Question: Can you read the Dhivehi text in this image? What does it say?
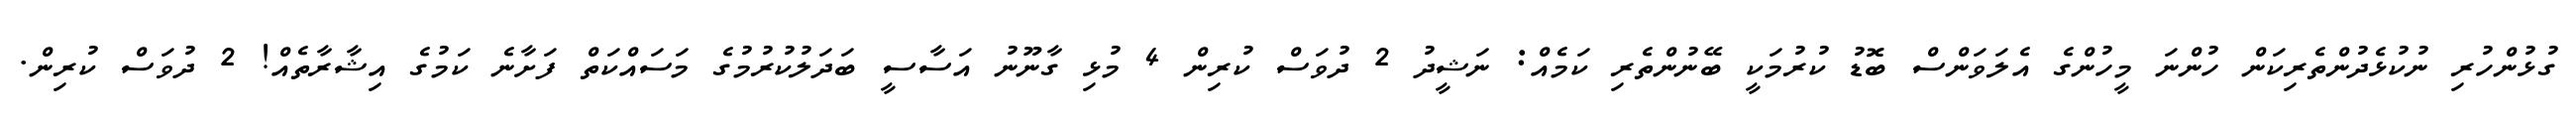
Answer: ގުޅުންހުރި ނުކުޅެދުންތެރިކަން ހުންނަ މީހުންގެ އެލަވަންސް ބޮޑު ކުރުމަކީ ބޭނުންތެރި ކަމެއް: ނަޝީދު 2 ދުވަސް ކުރިން 4 މުޅި ގާނޫނު އަސާސީ ބަދަލުކުރުމުގެ މަސައްކަތް ފަށާނެ ކަމުގެ އިޝާރާތެއް! 2 ދުވަސް ކުރިން.